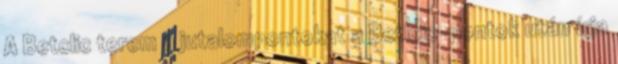
A Betclic terem a jutalompontokat a Betlcic-pontok után írja